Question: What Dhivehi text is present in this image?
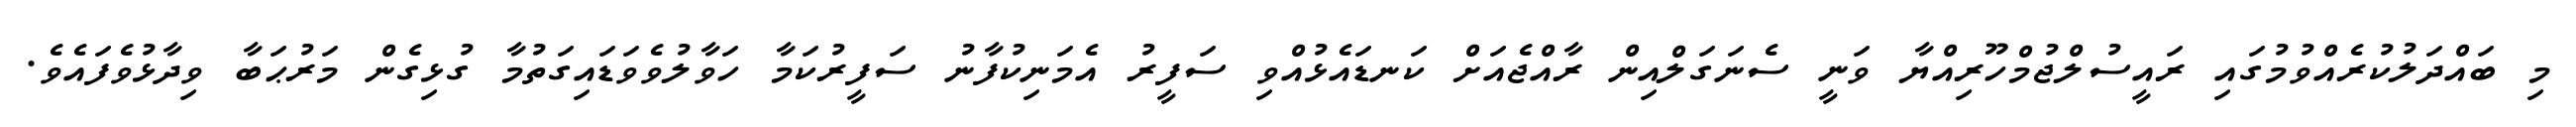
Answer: މި ބައްދަލުކުރެއްވުމުގައި ރައީސުލްޖުމްހޫރިއްޔާ ވަނީ ސެނަގަލްއިން ރާއްޖެއަށް ކަނޑައެޅުއްވި ސަފީރު އެމަނިކުފާނު ސަފީރުކަމާ ހަވާލުވެވަޑައިގަތުމާ ގުޅިގެން މަރުޙަބާ ވިދާޅުވެފައެވެ.